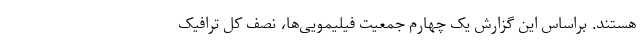
هستند. براساس این گزارش یک چهارم جمعیت فیلیمویی‌ها، نصف کل ترافیک